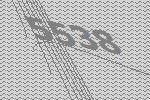
5538